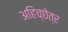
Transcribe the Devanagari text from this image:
अहिच्छेत्र